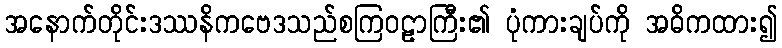
အနောက်တိုင်းဒဿနိကဗေဒသည်စကြဝဠာကြီး၏ ပုံကားချပ်ကို အဓိကထား၍